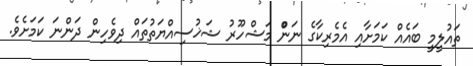
ތައުލީމީ ބައެއް ކަމަށާއި އެމެރިކާގެ ނަންް މަޝްހޫރު ޝަޚުސިއްޔަތުތައް ދިވެހިން ދަންނަ ކަމަށެވެ.